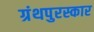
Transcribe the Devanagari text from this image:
ग्रंथपुरस्कार